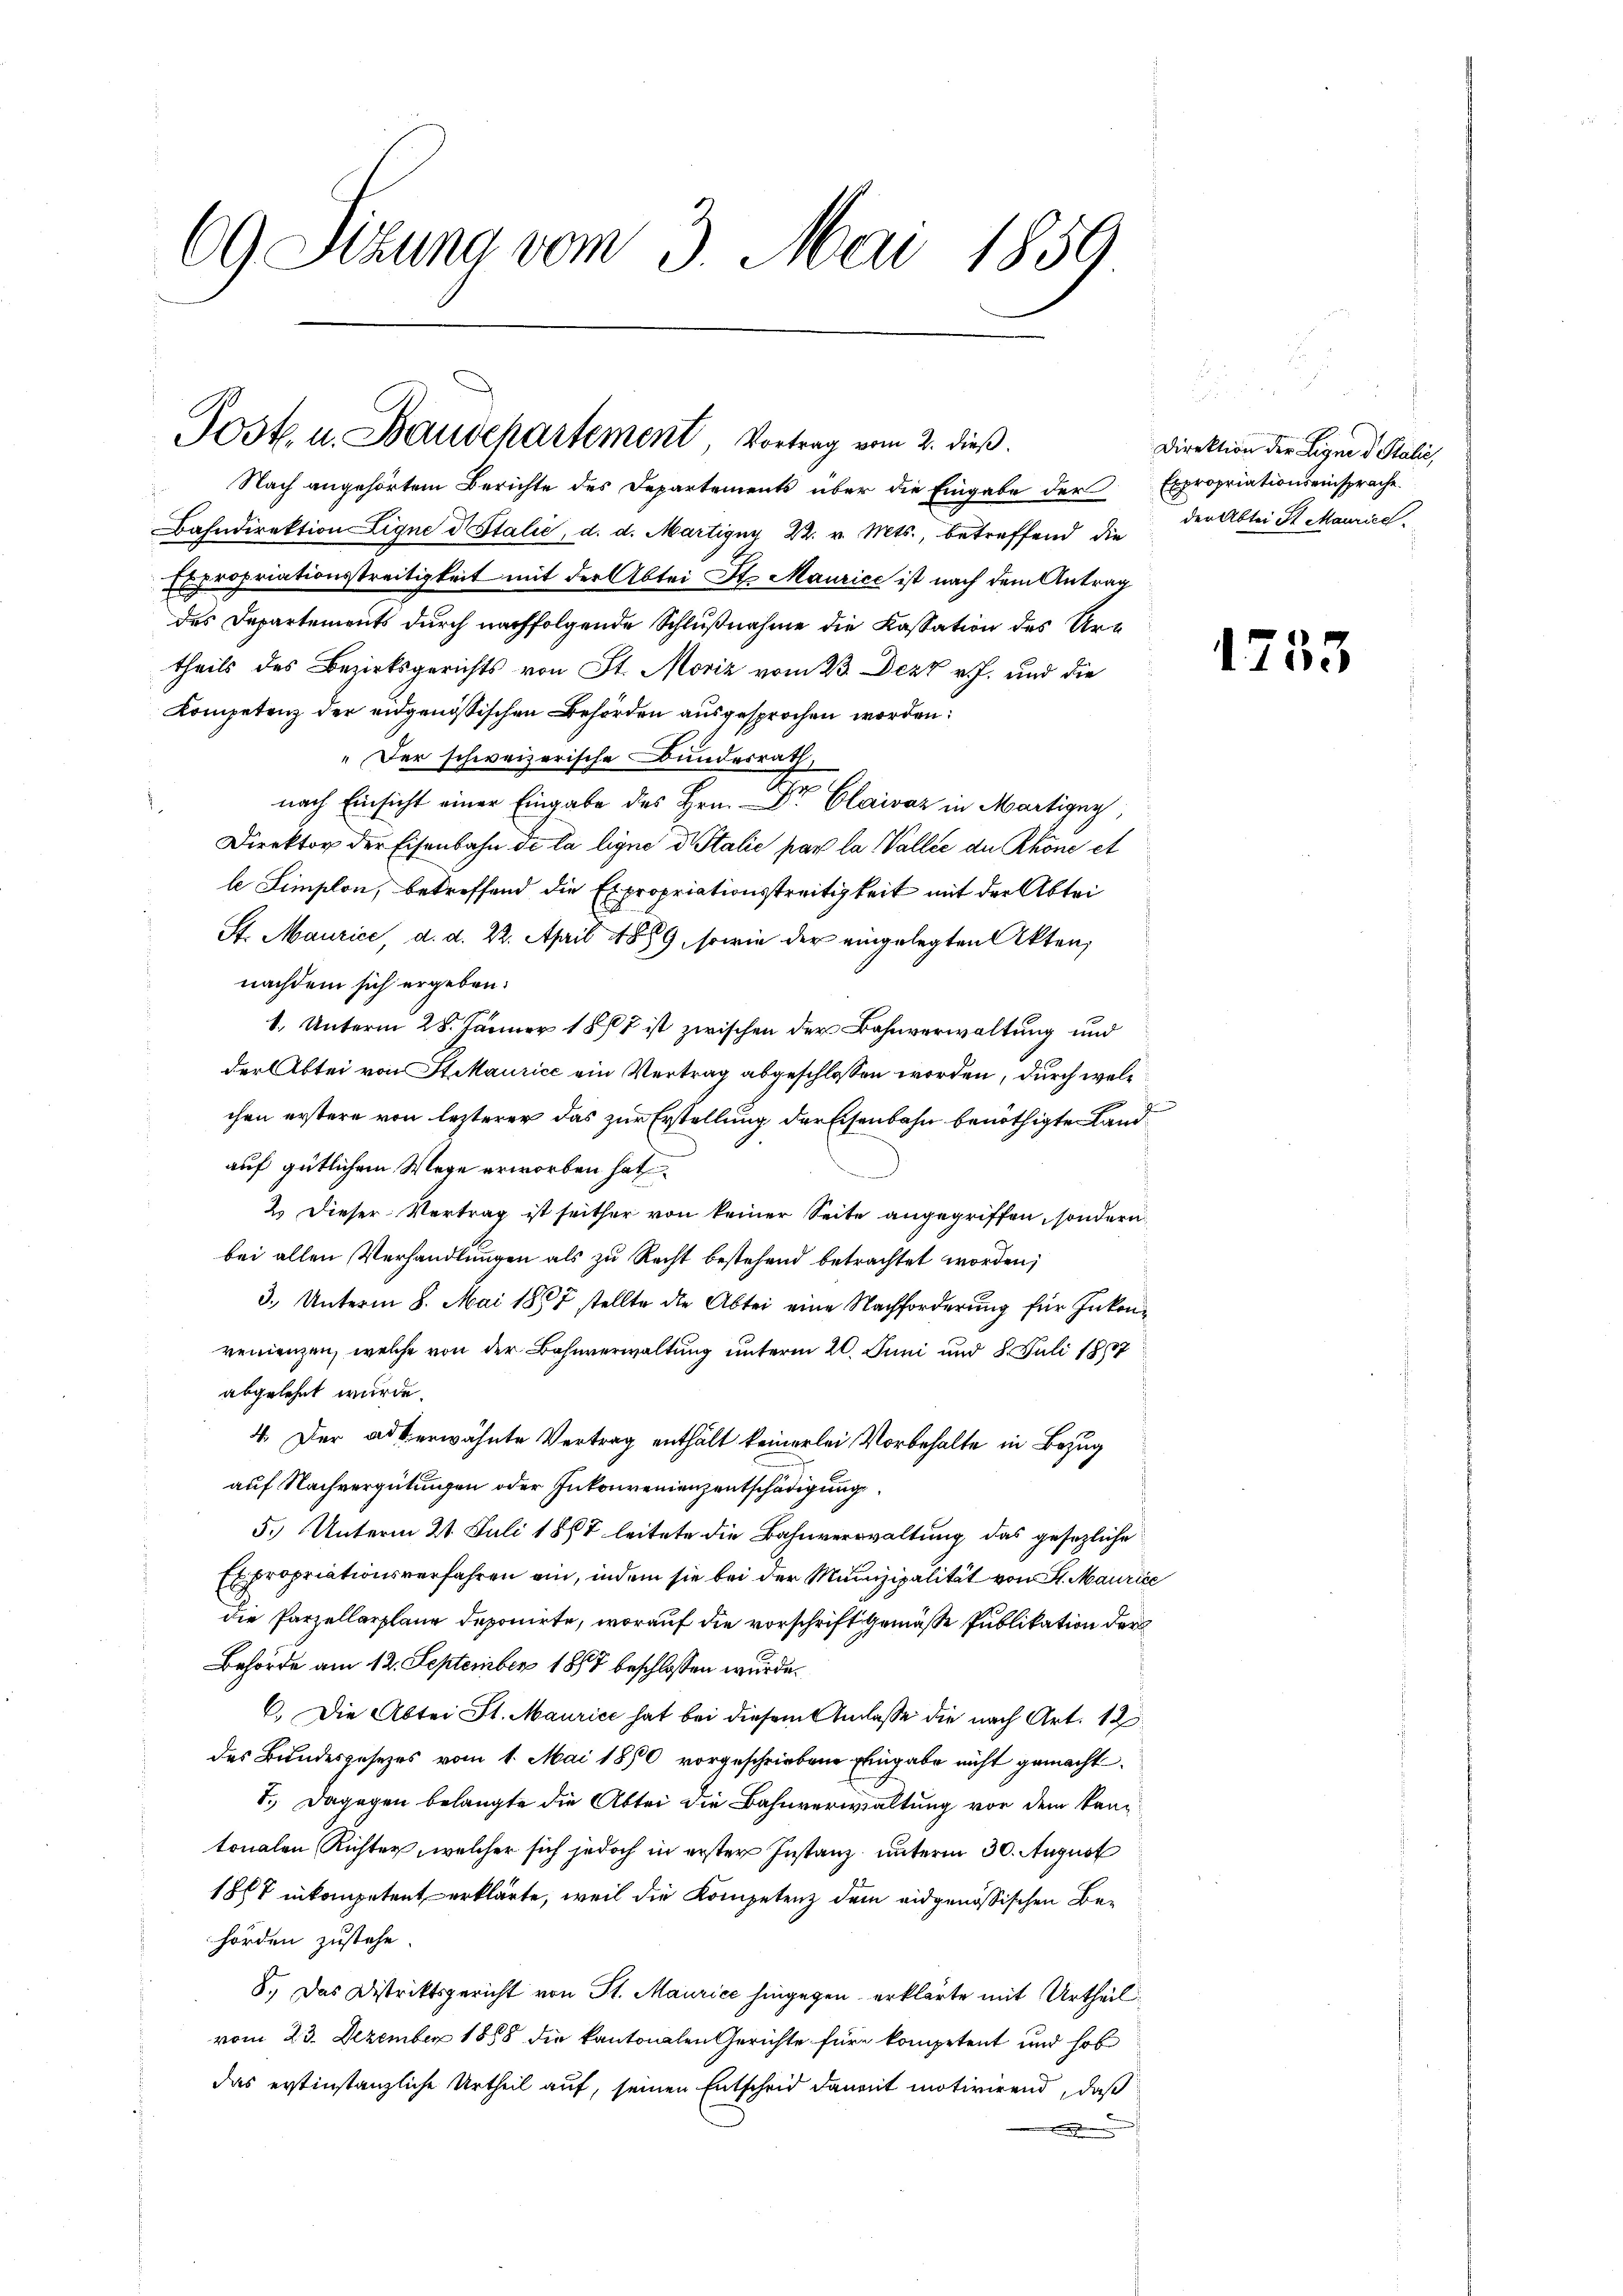
69 Sitzung vom 3. Mai 1859

Post. u. Baudepartement, Vortrag vom 2. dieß.

Nach angehörtem Berichte des Departements über die Eingabe der Expropriationseinsprache
Bahndirektion Ligne d. Stalie, d. d. Martigny 22. v. Mts., betreffend die
Expropriationsstreitigkeit mit der Abtei St. Maurice ist nach dem Antrag
des Departements durch nachfolgende Schlußnahme die Kassation des Urtheils des Bezirksgerichts von St. Moriz vom 23. Dezt v. J. und die
Kompetenz der eidgenössischen Behörden ausgesprochen worden:
" Der schweizerische Bundesrath,
nach Einsicht einer Eingabe des Hrn. Dr Claivaz in Martigny,
Direktor der Eisenbahn de la ligne d. Stalie par la Vallié de Rhöne et
le Simplon, betreffend die Expropriationsstreitigkeit mit der Abtei
St. Maurice, d. d. 22. April 1889, sowie der eingelegten Akten,
nachdem sich ergeben:
1. Unterm 28. Jänner 1867 ist zwischen der Bahnverwaltung und
der Abtei von Straurice ein Vertrag abgeschlossen worden, durch welchen erstere von lezterer das zur Erstellung der Eisenbahn benöthigte Landauf gütlichem Wege erworben hat
2. Dieser Vertrag ist seither von keiner Seite angegriffen, sondern,
bei allen Verhandlungen als zu Recht bestehend betrachtet worden;
3.) Unterm 8. Mai 1857 stellte die Abtei eine Nachforderung für Inkonvenienzen, welche von der Bahnverwaltung unterm 20. Juni und 8. Juli 1887
abgelehnt wurde.
4. Der adkerwähnte Vertrag enthält keinerlei Vorbehalte in Bezug
auf Nachvergütungen oder Inkonvenienzentschädigung
5. Unterm 21. Juli 1868 leitete die Bahnverwaltung das gesezliche
Expropriationsverfahren ein, indem sie bei der Munizipalität von St. Maurice
die Parzellarplane deponirte, worauf die vorschrift gemäße Publikation der
Behörde am 12. September 1857 beschlossen wurde.
6. Die Abtei St. Maurice hat bei diesem Anlasse die nach Art. 12
des Bundesgesetzes vom 1. Mai 1890 vorgeschriebene Eingabe nicht gemacht
7.) Dagegen belangte die Abtei die Bahnverwaltung vor dem Kantonalen Richter, welcher sich jedoch in erster Instanz unterm 30. August
1867 inkompetent erklärte, weil die Kompetenz dem eidgenössischen Behörden zustehe.
8., Das Distriktsgericht von St. Maurice hingegen erklärte mit Urtheil
vom 23. Dezember 1888 die kantonalen Gerichte für kompetent und hob
das erstinstanzliche Urtheil auf, seinen Entscheid danent motivirend, daß

Direktion der Leigne d. Stalie,
der Abtei St. Maurice

n

1733